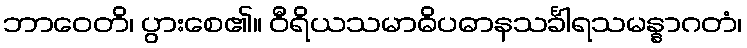
ဘာဝေတိ၊ ပွားစေ၏။ ဝီရိယသမာဓိပဓာနသင်္ခါရသမန္နာဂတံ၊